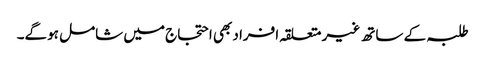
طلبہ کے ساتھ غیر متعلقہ افراد بھی احتجاج میں شامل ہوگے۔